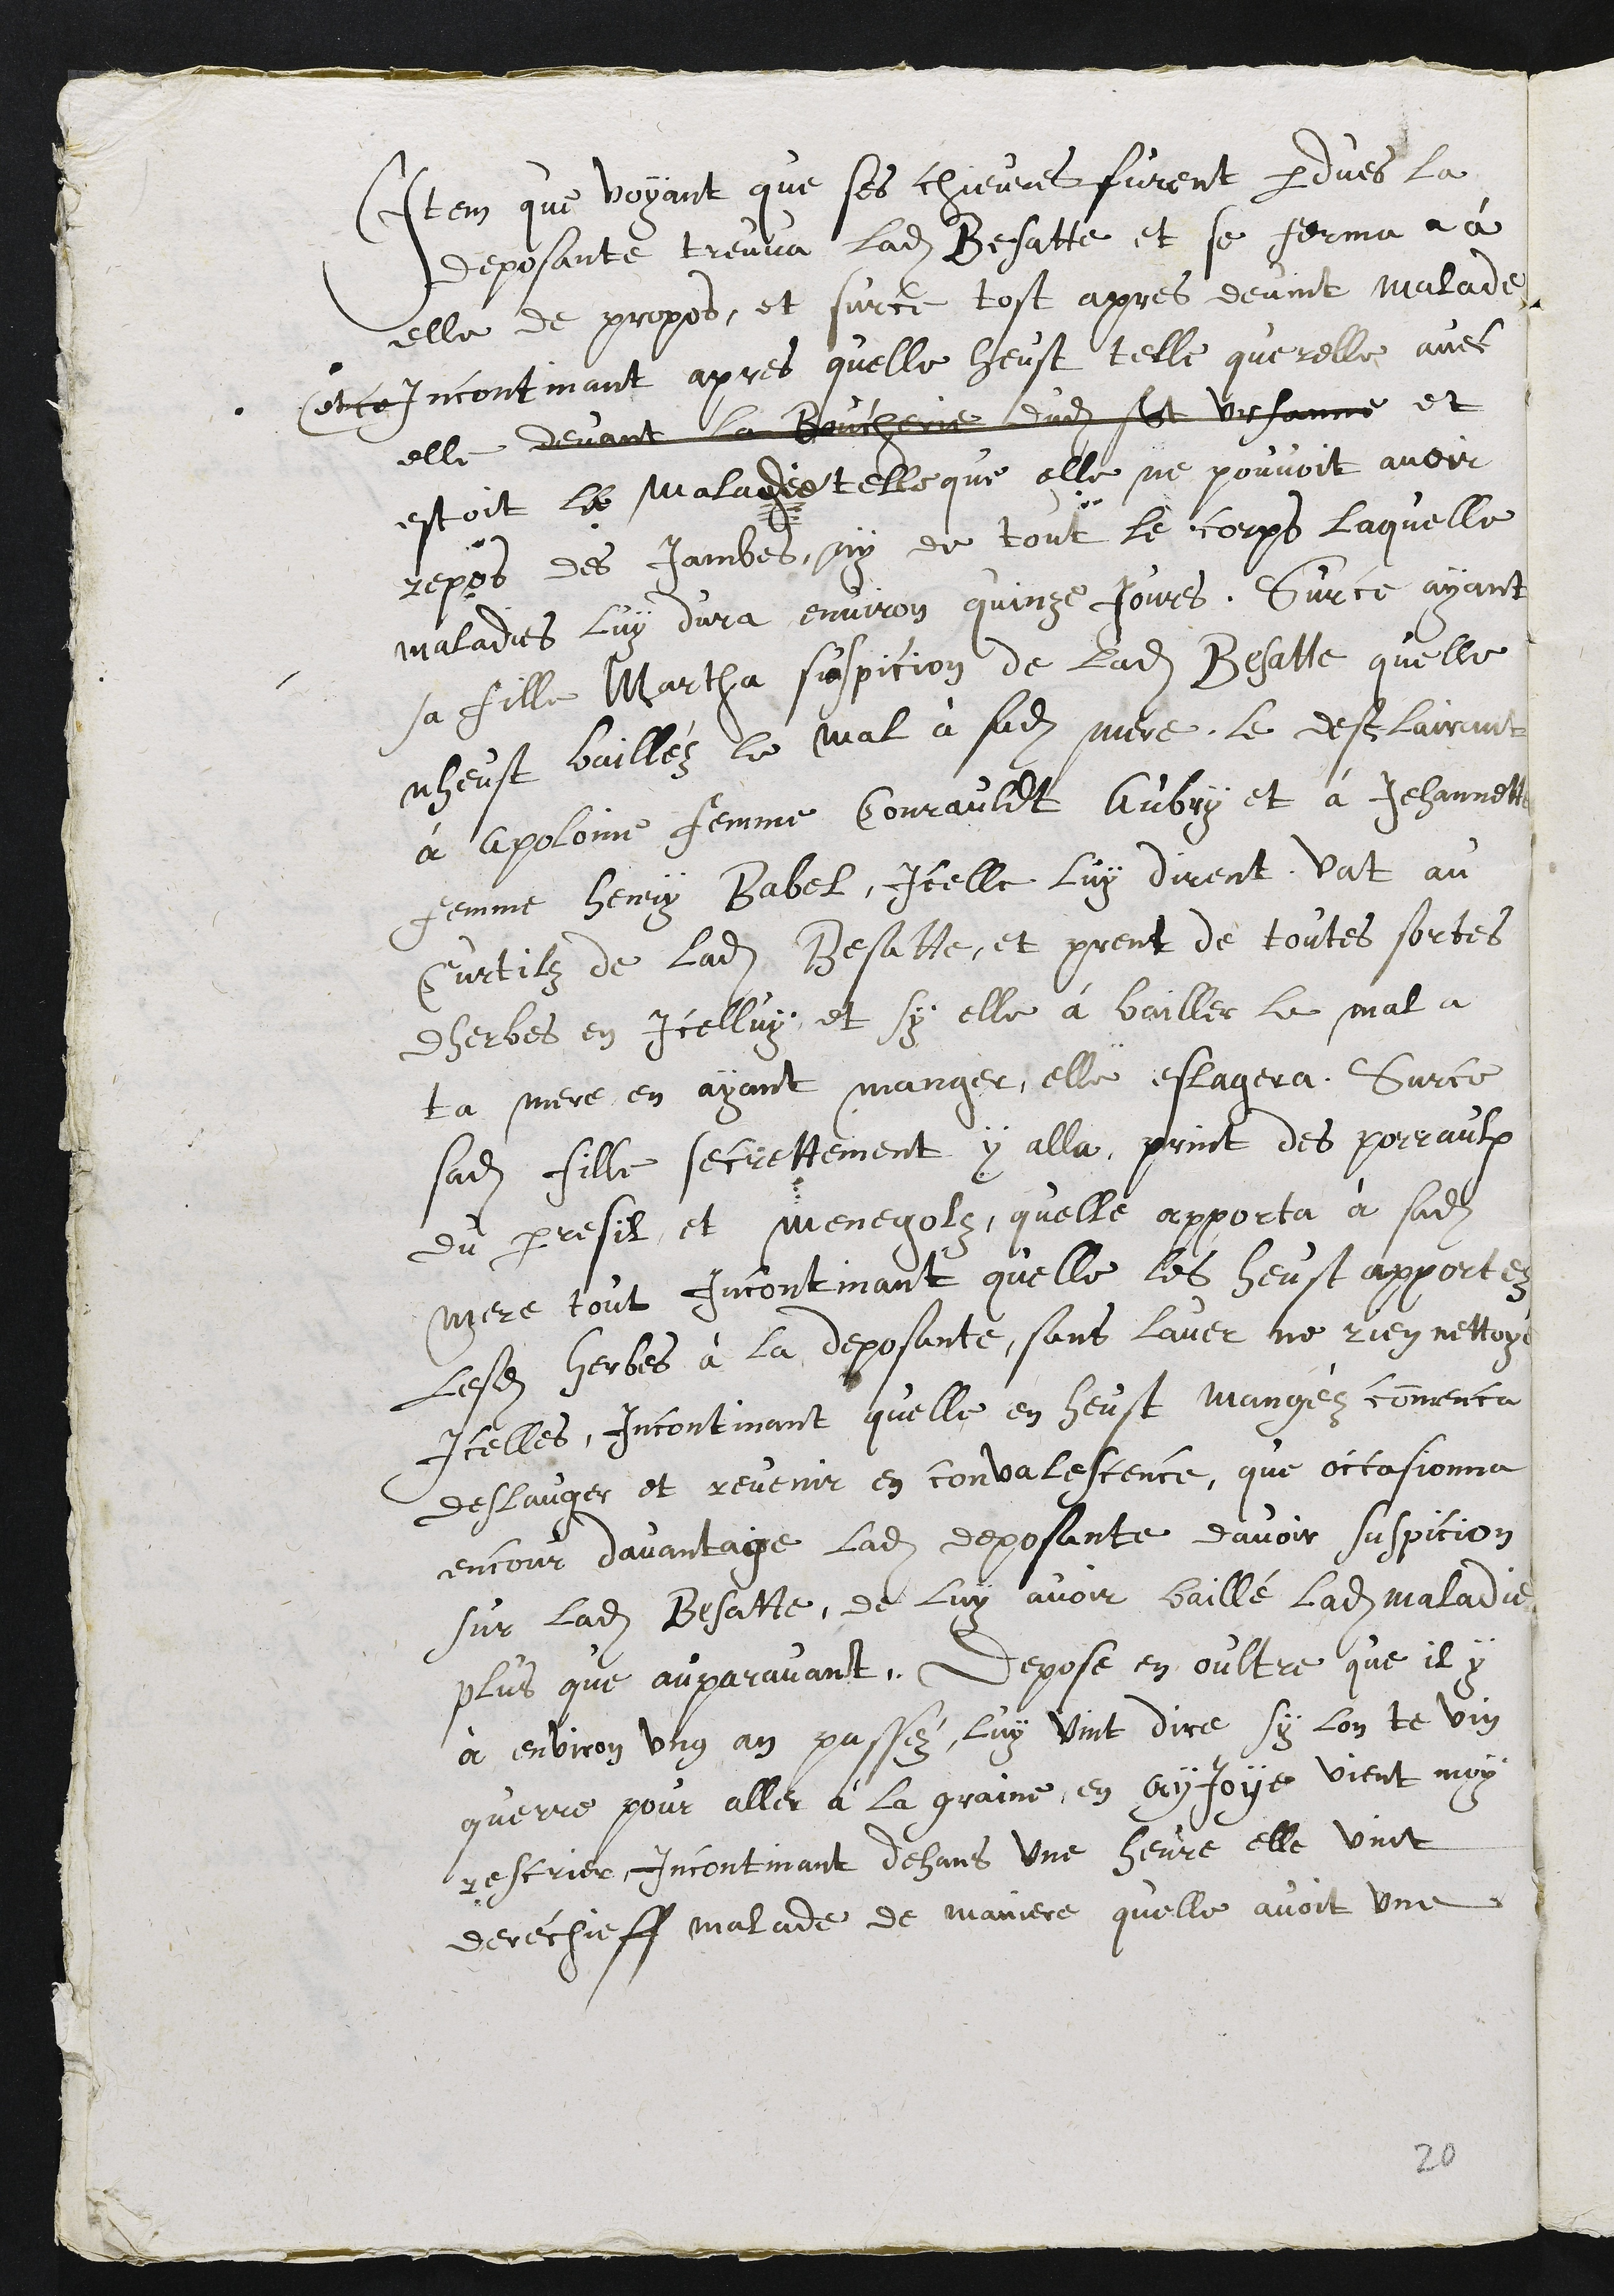
Item que voyant que ses chèvres furent perdues, la
déposante trouva ladite Bessat-te et se ferma à
elle de propos. Et sur ce, -tSt après devint malade,
et ce incontinent après qu'elle eut -telle querelle avec
elle, devant la Boucherie dudit St Ursanne et
était la maladie telle qu'elle ne pouvait avoir
repos des jambes, ni de tout le corps, laquelle
maladie lui dura environ quinze jours. Sur ce, ayant
sa fille Martha suspicion de la Bessatte qu'elle
n'eut baillé le mal à sadite mère. Le déclarant
à Apollonie, femme de Conraud Aubry, et à Jeannette,
femme d'Henri Babel. Icelles lui dirent : "Va au
curiil de ladite Bessatte, et prends de -toutes sortes
d'herbes en icelui, et si elle a baillé le mal à
ta mère, en ayant mangé, elle élagera". Sur ce,
sadite fille secrètement y alla, prit des poireaux,
du persil et menogols, qu'elle appor-ta à sadite
mère. Tout incontinent qu'elle les eut apportées
lesdi-tes herbes à la déposante, sans laver ni rien nettoyer,
icelles, incontinent qu'elle en eut mangé, commença
d'élagsr et revenir en convalescencB, qui occasionna
encore davantage ladite déposante d'avoir suspicion
sur ladite Bessatte de lui avoir baillé ladite maladie
plus qu'auparavant. Dépose en outre qu'il y
a environ un an passé, lui vint dire î "Si l'on te vient
quérir pour aller à la graine en A joie, viens-moi
récrier". Incontinent dans une heure, elle vint
derechef malade, de manière qu'elle avait une